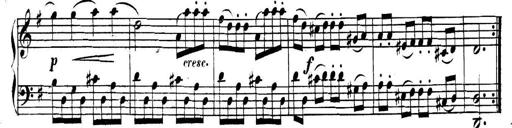
Title: Collected Piano Sonatas
Composer: Muzio Clementi